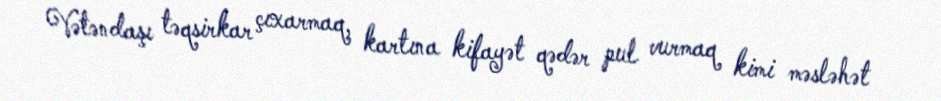
Vətəndaşı təqsirkar çıxarmaq, kartına kifayət qədər pul vurmaq kimi məsləhət